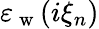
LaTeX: \varepsilon_{\mathrm{~w~}}(i\xi_{n})